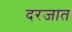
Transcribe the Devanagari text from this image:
दरजात